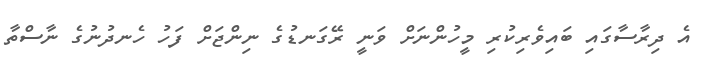
އެ ދިރާސާގައި ބައިވެރިކުރި މީހުންނަށް ވަނީ ރޭގަނޑުގެ ނިންޖަށް ފަހު ހެނދުނުގެ ނާސްތާ